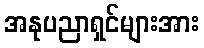
အနုပညာရှင်များအား